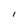
Character: l